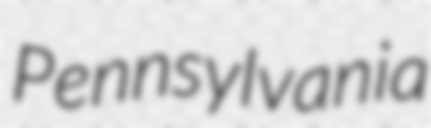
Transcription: Pennsylvania